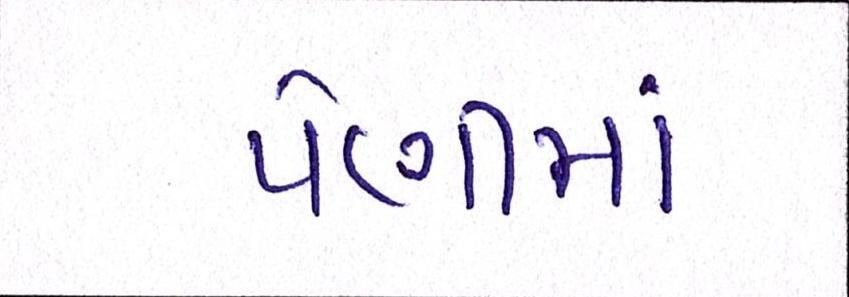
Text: પેણીમાં